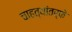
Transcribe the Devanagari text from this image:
चाहत्यांतर्फे